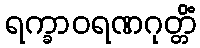
ရက္ခာဝရဏဂုတ္တိံ